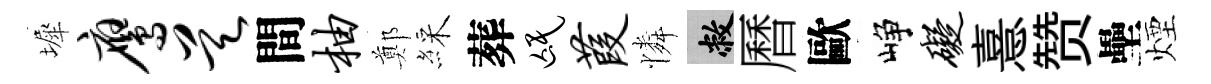
墀鹰昊間柚鄭綵葬氓葭憐敝曆歐峥碍憙赞壘煙